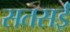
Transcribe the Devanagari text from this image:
सतसईं